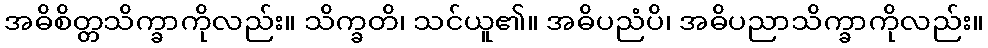
အဓိစိတ္တသိက္ခာကိုလည်း။ သိက္ခတိ၊ သင်ယူ၏။ အဓိပညံပိ၊ အဓိပညာသိက္ခာကိုလည်း။